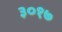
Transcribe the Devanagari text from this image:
३०१७